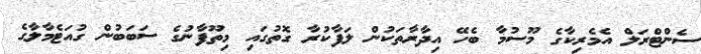
ސެންޓްރަލް އެމެރިކާގެ މޫސުމާ ބެހޭ އިދާރާތަކުން ލަފާކުރާ ގޮތުގައި މިތޫފާނުގެ ސަބަބުން ގުއަޓެމާލާގެ